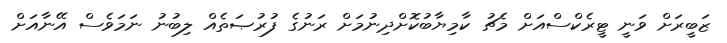
ޒަބީރަށް ވަނީ ޓީރެކްސްއަށް މެޗު ކާމިޔާބުކޮށްދިނުމަށް ރަނުގެ ފުރުޞަތެއް ލިބުނު ނަމަވެސް އޭނާއަށް